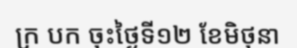
ក្រ បក ចុះថ្ងៃទី១២ ខែមិថុនា